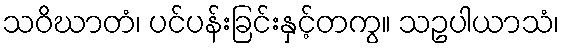
သဝိဃာတံ၊ ပင်ပန်းခြင်းနှင့်တကွ။ သဥပါယာသံ၊